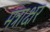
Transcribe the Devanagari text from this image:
मंत्राक्षर